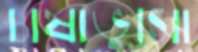
চাষাভুসো